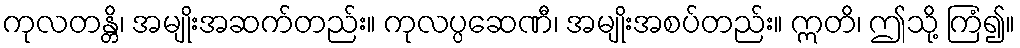
ကုလတန္တိ၊ အမျိုးအဆက်တည်း။ ကုလပ္ပဆေဏီ၊ အမျိုးအစပ်တည်း။ ဣတိ၊ ဤသို့ ကြံ၍။